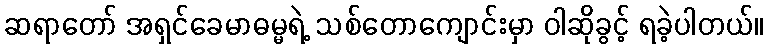
ဆရာတော် အရှင်ခေမာဓမ္မရဲ့ သစ်တောကျောင်းမှာ ဝါဆိုခွင့် ရခဲ့ပါတယ်။